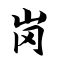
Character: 岗